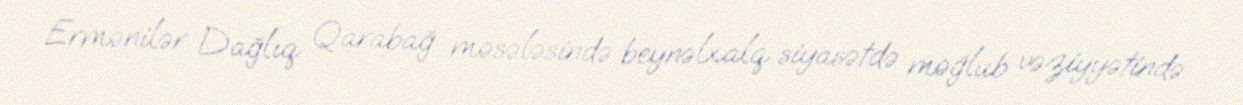
Ermənilər Dağlıq Qarabağ məsələsində beynəlxalq siyasətdə məğlub vəziyyətində